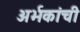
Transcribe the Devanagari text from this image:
अर्भकांची